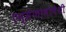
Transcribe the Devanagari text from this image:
एन्सेफोलोपेथी